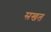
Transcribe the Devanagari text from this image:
सखत